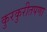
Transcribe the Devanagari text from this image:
कुरकुरीतपणा